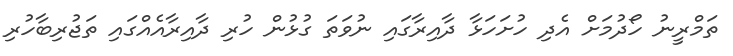
ތަމްރީނު ހޯދުމަށް އެދި ހުށަހަޅާ ދާއިރާގައި ނުވަތަ ގުޅުން ހުރި ދާއިރާއެއްގައި ތަޖުރިބާހުރި